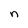
Character: n